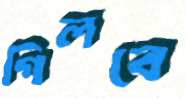
গিলবে